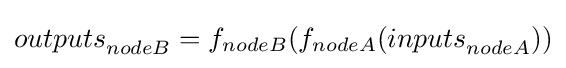
{outputs}_{nodeB}=f_{nodeB}(f_{nodeA}({inputs}_{nodeA}))